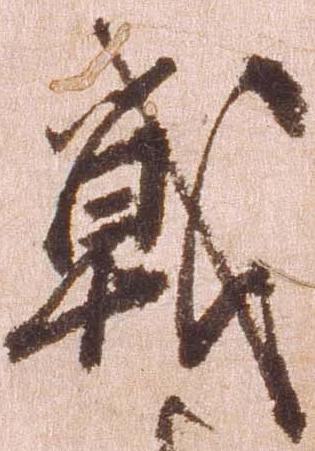
戦